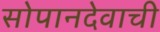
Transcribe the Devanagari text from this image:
सोपानदेवाची